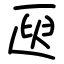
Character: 㔱